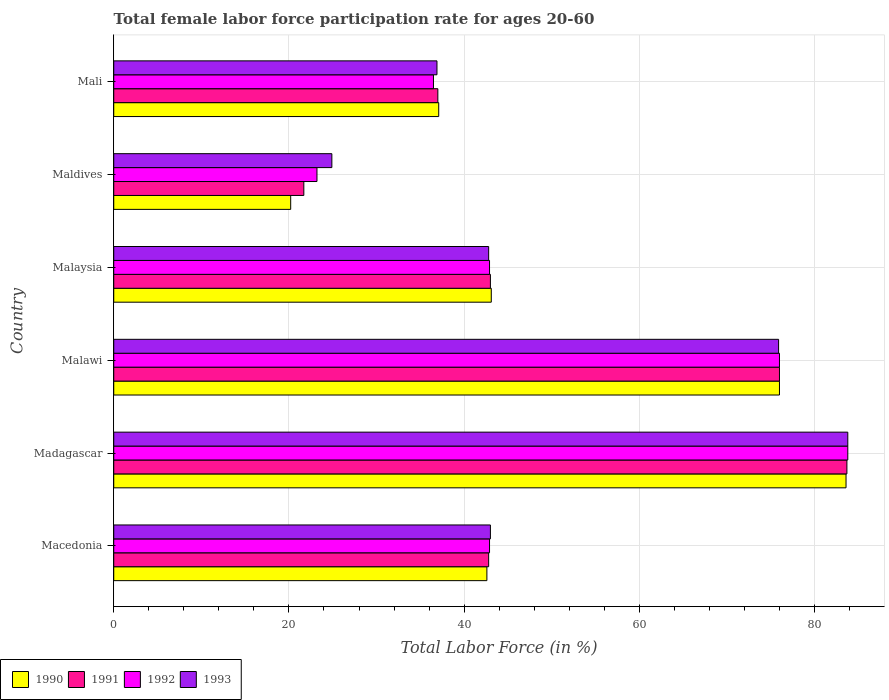
| Country | 1990 | 1991 | 1992 | 1993 |
 | --- | --- | --- | --- | --- |
 | Macedonia | 42.6 | 42.8 | 42.9 | 43 |
 | Madagascar | 83.6 | 83.7 | 83.8 | 83.8 |
 | Malawi | 76 | 76 | 76 | 75.9 |
 | Malaysia | 43.1 | 43 | 42.9 | 42.8 |
 | Maldives | 20.2 | 21.7 | 23.2 | 24.9 |
 | Mali | 37.1 | 37 | 36.5 | 36.9 |